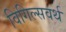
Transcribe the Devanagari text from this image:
विगिल्सवर्थ